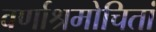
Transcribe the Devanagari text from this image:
वर्णाश्रमोचितां